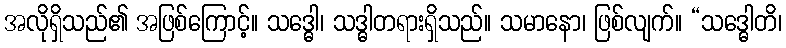
အလိုရှိသည်၏ အဖြစ်ကြောင့်။ သဒ္ဓေါ၊ သဒ္ဓါတရားရှိသည်။ သမာနော၊ ဖြစ်လျက်။ “သဒ္ဓေါတိ၊